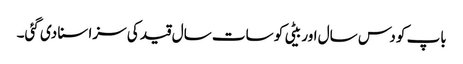
باپ کو دس سال اور بیٹی کو سات سال قید کی سزا سنا دی گئی۔